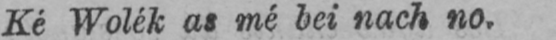
Ké Wolék as mé bei nach no.